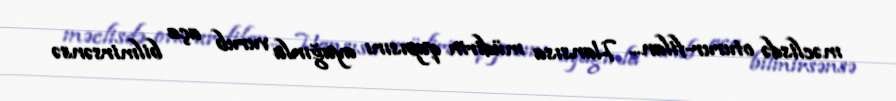
məclisdə oturur-filan... Hansısa müdirin qapısını ayağınla vurub aça bilmirsənsə